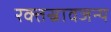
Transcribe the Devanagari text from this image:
रक्तस्रावजन्य